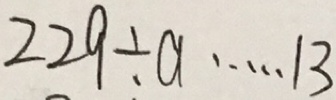
2 2 9 \div a \cdots 1 3